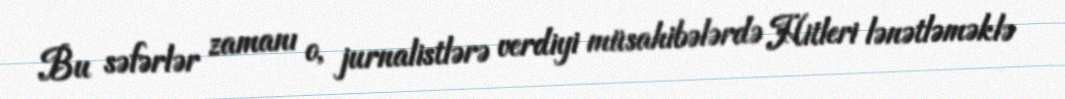
Bu səfərlər zamanı o, jurnalistlərə verdiyi müsahibələrdə Hitleri lənətləməklə